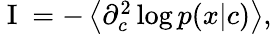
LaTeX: \begin{array}{r}{\mathrm{~I~}=-\left\langle\partial_{c}^{2}\log p(x|c)\right\rangle,}\end{array}